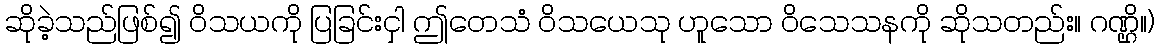
ဆိုခဲ့သည်ဖြစ်၍ ဝိသယကို ပြခြင်းငှါ ဤတေသံ ဝိသယေသု ဟူသော ဝိသေသနကို ဆိုသတည်း။ ဂဏ္ဌိ။)